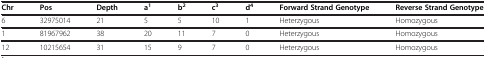
<table><thead><tr><td><b>Chr</b></td><td><b>Pos</b></td><td><b>Depth</b></td><td><b>a<sup>1</sup></b></td><td><b>b<sup>2</sup></b></td><td><b>c<sup>3</sup></b></td><td><b>d<sup>4</sup></b></td><td><b>Forward Strand Genotype</b></td><td><b>Reverse Strand Genotype</b></td></tr></thead><tbody><tr><td>6</td><td>32975014</td><td>21</td><td>5</td><td>5</td><td>10</td><td>1</td><td>Heterzygous</td><td>Homozygous</td></tr><tr><td>1</td><td>81967962</td><td>38</td><td>20</td><td>11</td><td>7</td><td>0</td><td>Heterzygous</td><td>Homozygous</td></tr><tr><td>12</td><td>10215654</td><td>31</td><td>15</td><td>9</td><td>7</td><td>0</td><td>Heterzygous</td><td>Homozygous</td></tr></tbody></table>